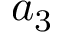
a _ { 3 }